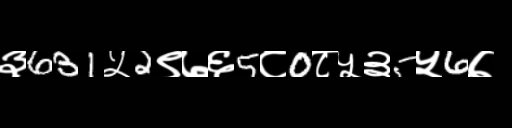
Text: ३631५2९७६5८0८५३5५6७